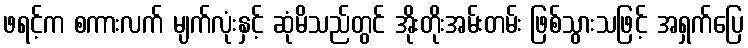
ဖရင့်က စကားလက် မျက်လုံးနှင့် ဆုံမိသည်တွင် အိုးတိုးအမ်းတမ်း ဖြစ်သွားသဖြင့် အရှက်ပြေ